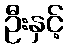
ဦးနှင့်